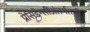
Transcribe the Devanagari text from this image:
प्रेसिडेन्सींअंतर्गतची